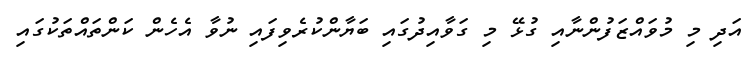
އަދި މި މުވައްޒަފުންނާއި ގުޅޭ މި ގަވާއިދުގައި ބަޔާންކުރެވިފައި ނުވާ އެހެން ކަންތައްތަކުގައި